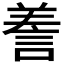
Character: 𧨁